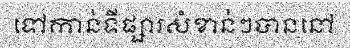
ទៅកាន់ទីផ្សារសំខាន់ៗបាននៅ